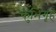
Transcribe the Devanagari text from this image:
कुंभिगृहे